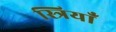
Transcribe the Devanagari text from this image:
स्त्रियाँं